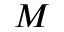
M